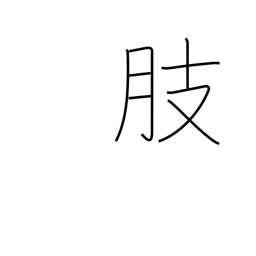
Meaning: limb